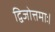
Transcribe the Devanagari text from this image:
द्विजोत्तमाः।